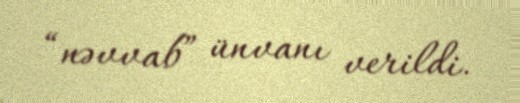
“nəvvab” ünvanı verildi.